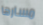
مسارها